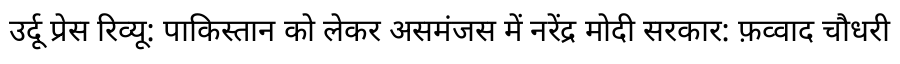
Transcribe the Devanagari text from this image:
उर्दू प्रेस रिव्यू: पाकिस्तान को लेकर असमंजस में नरेंद्र मोदी सरकार: फ़व्वाद चौधरी